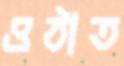
ওঠাত